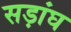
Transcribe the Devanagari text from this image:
सड़ांघ